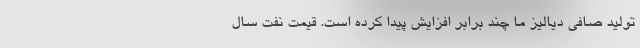
تولید صافی دیالیز ما چند برابر افزایش پیدا کرده است. قیمت نفت سال